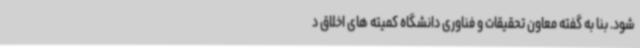
شود. بنا به گفته معاون تحقیقات و فناوری دانشگاه کمیته های اخلاق د